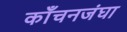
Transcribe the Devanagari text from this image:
काँचनजंघा